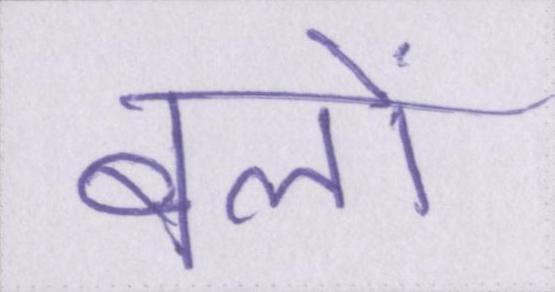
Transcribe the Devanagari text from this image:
बलों